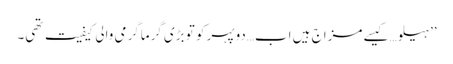
’’ہیلو…کیسے مزاج ہیں اب…دوپہر کو تو بڑی گرماگرمی والی کیفیت تھی۔